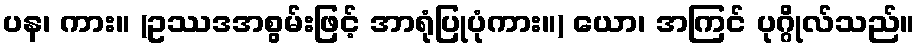
ပန၊ ကား။ (ဥဿဒအစွမ်းဖြင့် အာရုံပြုပုံကား။) ယော၊ အကြင် ပုဂ္ဂိုလ်သည်။